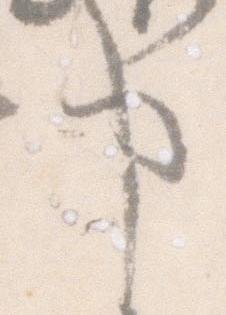
事